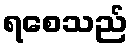
ရစေသည်